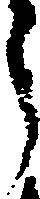
う